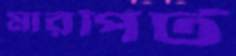
মারপিট